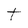
Character: t